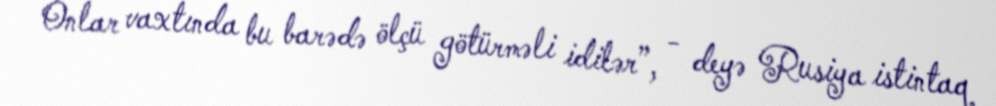
Onlar vaxtında bu barədə ölçü götürməli idilər”, - deyə Rusiya istintaq